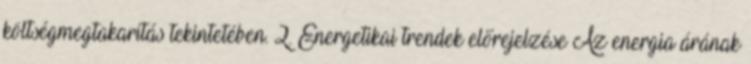
költségmegtakarítás tekintetében. 2. Energetikai trendek előrejelzése Az energia árának